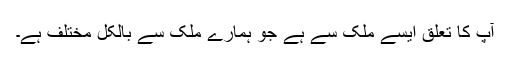
آپ کا تعلق ایسے ملک سے ہے جو ہمارے ملک سے بالکل مختلف ہے۔